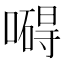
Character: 𠿴